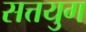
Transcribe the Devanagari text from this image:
सत्तयुग